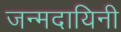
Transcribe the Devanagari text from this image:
जन्मदायिनी